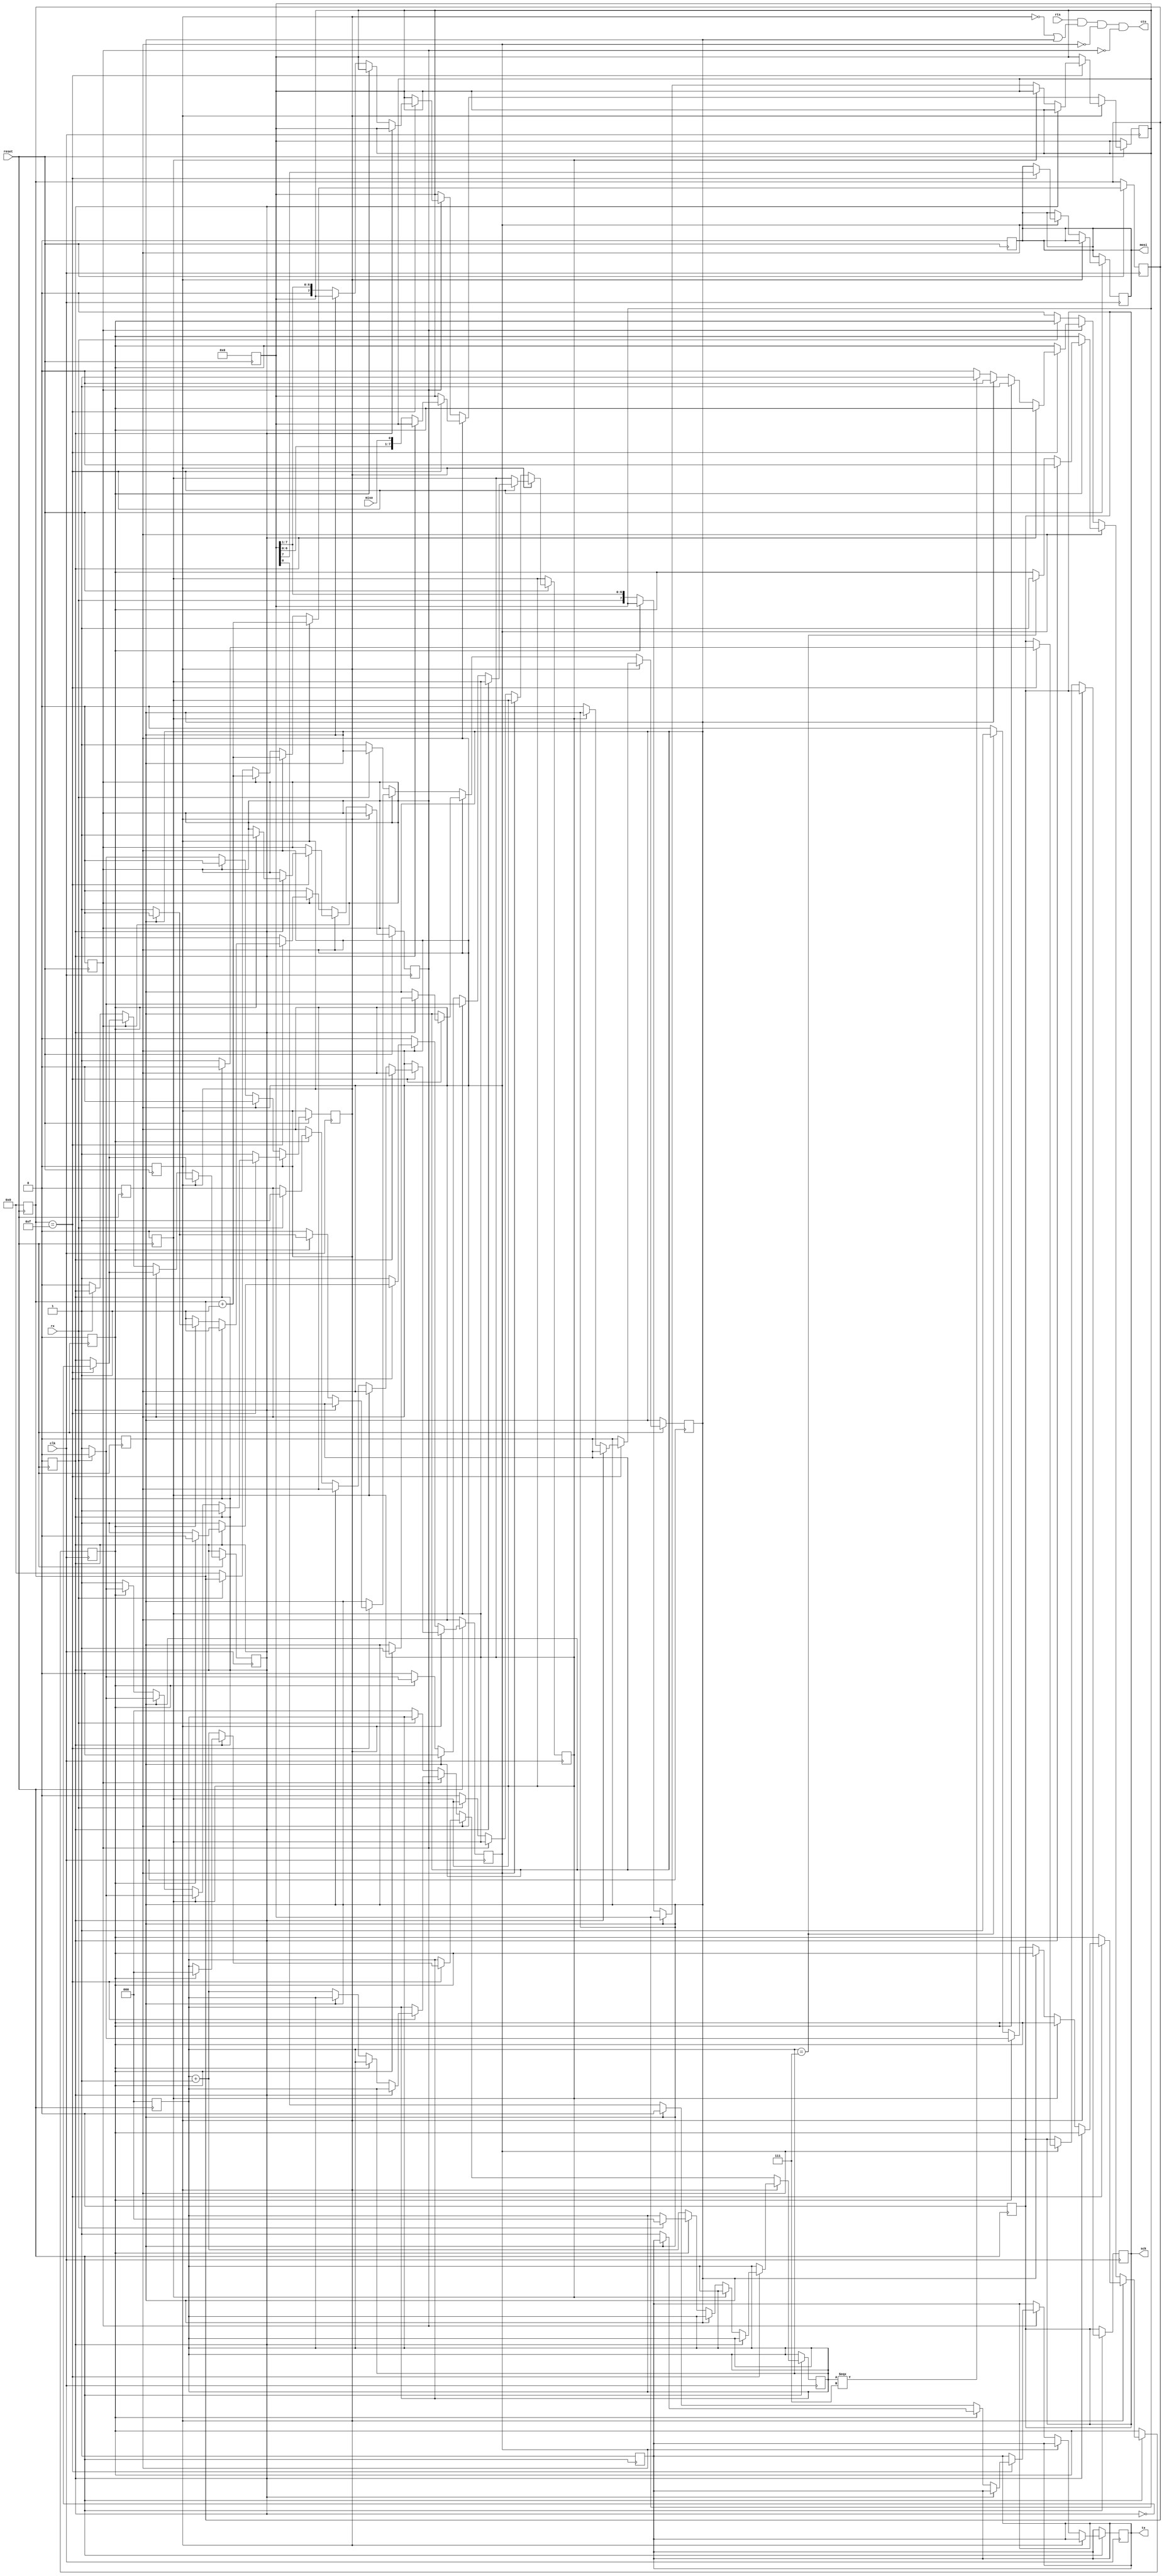
module serial2spi (reset, clk, rx, tx, rts, cts, sck, mosi, miso);
	input reset;
	input clk;
	input  rx;
	output tx;
	input  rts;
	output cts;
	output sck;
	output mosi;
	input  miso;

	reg    tx;
	wire   cts;
	reg    sck;
	reg    mosi;

	reg    [7:0] data;
	reg    [3:0] multi_status;
	reg    [2:0] count;
	reg    receiving_serial;
	reg    communicating_avr;
	reg    sending_serial;

	reg    serial_wait;
	reg    serial_start;
	reg    serial_stop;
	reg    serial_error;

	// CTSHIGH
	assign cts = rts & (~receiving_serial | serial_start) & ~communicating_avr & ~sending_serial;

	always @(negedge reset) begin
		multi_status <= 4'b0;
		count <= 3'b0;
		receiving_serial <= 1'b0;
		sending_serial <= 1'b0;
		tx <= 1'b1;
		sck <= 1'b0;
		mosi <= 1'b0;
		data <= 8'b0;
		multi_status <= 4'b0;
		count <= 3'b0;
		receiving_serial <= 1'b0;
		communicating_avr <= 1'b0;
		sending_serial <= 1'b0;
		serial_wait <= 1'b0;
		serial_start <= 1'b0;
		serial_stop <= 1'b0;
		serial_error <= 1'b0;
	end

	always @(posedge clk) begin
		if (reset) begin
			if (receiving_serial) begin
				multi_status <= multi_status + 4'b1;
				if (multi_status == 4'b1111) begin
					// 
					if (~serial_wait) begin
						// 
						if (serial_error) begin
							if (rx) begin
								// 
								serial_error <= 1'b0;
								receiving_serial <= 1'b0;
							end
						end else if (serial_start) begin
							// 
							if (rx) receiving_serial <= 1'b0; // 
							serial_start <= 1'b0;
						end else if (serial_stop) begin
							// 
							if (rx) begin
								// 
								count <= 3'b0;
								receiving_serial <= 1'b0;
								communicating_avr <= 1'b1;
								serial_wait <= 1'b1;
								serial_stop <= 1'b0;
							end else begin
								// HIGHLOW
								serial_error <= 1'b1;
							end
						end else begin
							// 
							data[7:0] <= { rx, data[7:1] };
							count <= count + 3'b1;
							if (count == 3'b111) serial_stop <= 1'b1;
						end
					end
					serial_wait <= ~serial_wait;
				end
			end else if (communicating_avr) begin
				multi_status <= multi_status + 4'b1;
				if (multi_status == 4'b1111) begin
					if (serial_wait) begin
						// 
						sck <= 1'b0;
						mosi <= data[7];
						if (serial_stop) begin
							// 
							communicating_avr <= 1'b0;
							sending_serial <= 1'b1;
							serial_stop <= 1'b0;
							count <= 3'b0;
							serial_start <= 1'b1;
						end
					end else begin
						// 
						count <= count + 3'b1;
						if (count == 3'b111) serial_stop <= 1'b1;
						sck <= 1'b1;
						mosi <= data[7];
						data[7:0] <= { data[6:0], miso };
					end
					serial_wait <= ~serial_wait;
				end
			end else if (sending_serial) begin
				multi_status <= multi_status + 4'b1;
				if (multi_status == 4'b1111) begin
					if (~serial_wait) begin
						if(serial_stop) begin
							// 
							if (serial_start) begin
								// 
								sending_serial <= 1'b0;
								serial_start <= 1'b0;
							end else begin
								// 1
								tx <= 1'b1;
								serial_start <= 1'b1;
							end
						end else if (serial_start) begin
							// 
							tx <= 1'b0;
							serial_start <= 1'b0;
						end else begin
							// 
							tx <= data[0];
							data[7:0]  <= { 1'b0, data[7:1] };
							if (count === 3'b111) begin
								serial_stop <= 1'b1;
							end
							count <= count + 3'b1;
						end
					end
					serial_wait <= ~serial_wait;
				end
			end else begin
				// 
				if (~rx) begin
					// 
					count <= 3'b0;
					multi_status <= 4'b0;
					serial_wait <= 1'b0;
					serial_start <=1'b1;
					serial_stop <= 1'b0;
					serial_error <= 1'b0;
					receiving_serial <= 1'b1;
				end
			end
		end
	end

endmodule